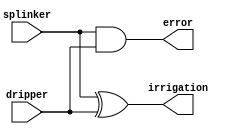
module check_irrigation(
    output irrigation,
    output error,

    input dripper,
    input splinker
);

    xor (irrigation, splinker, dripper);
    and (error, splinker, dripper);

endmodule

module check_watering_condition(
    output watering_condition,

    input full_tank,
    input dripper,
	 input splinker
);

    assign watering_condition =  (full_tank & ~splinker & dripper) | (full_tank & splinker & ~dripper);

endmodule

module water_tank_fsm (
    output watering,
    output filling,

    input clock,
    input reset,

    input watering_condition,
    input filling_condition
);

    reg [1:0] state, next_state;

    parameter IDLE = 2'b00;
    parameter WATERING = 2'b01;
    parameter FILLING = 2'b10;

    always @(posedge clock, posedge reset)
        if ( reset ) state <= IDLE;
        else     	 state <= next_state;

    always @(*)
    case (state)
        IDLE:
            if (filling_condition) next_state <= FILLING;
            else begin
                if (watering_condition) next_state <= WATERING;
                else next_state <= IDLE;
            end
        WATERING:
            if (filling_condition) next_state <= FILLING;
            else next_state <= WATERING;
        FILLING:
            if (watering_condition) next_state <= IDLE;
            else next_state <= FILLING;
        default:
            next_state <= IDLE;
    endcase

    assign watering = (state == WATERING);
    assign filling = (state == FILLING);

endmodule